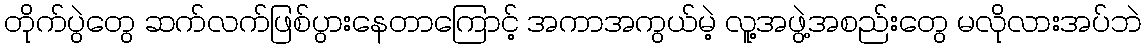
တိုက်ပွဲတွေ ဆက်လက်ဖြစ်ပွားနေတာကြောင့် အကာအကွယ်မဲ့ လူ့အဖွဲ့အစည်းတွေ မလိုလားအပ်ဘဲ